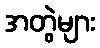
အတွဲများ